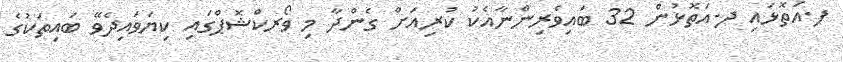
ފ.އަތޮޅައި ދ.އަތޮޅުން 32 ބައިވެރިންނާއެކު ކުރިއަށް ގެންދާ މި ވޯރކްޝޮޕްގައި ކިޔަވައިދެވޭ ބައިތަކުގެ